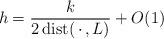
LaTeX: \begin{align*}h=\frac{k}{2\,\textup{dist}(\,\cdot\,,L)}+O(1)\end{align*}